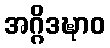
အဂ္ဂိဒဍ္ဎာဝ